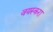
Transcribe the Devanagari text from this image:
वयस्करा